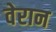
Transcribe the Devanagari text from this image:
वेरान